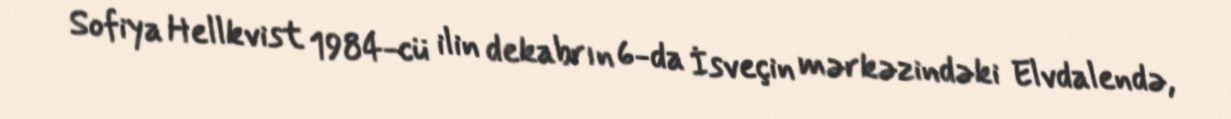
Sofiya Hellkvist 1984-cü ilin dekabrın 6-da İsveçin mərkəzindəki Elvdalendə,